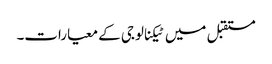
مستقبل میں ٹیکنالوجی کے معیارات۔